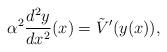
LaTeX: \begin{align*} \alpha^{2}\frac{d^{2}y}{dx^{2}}(x)= \tilde{V}'(y(x)), \end{align*}